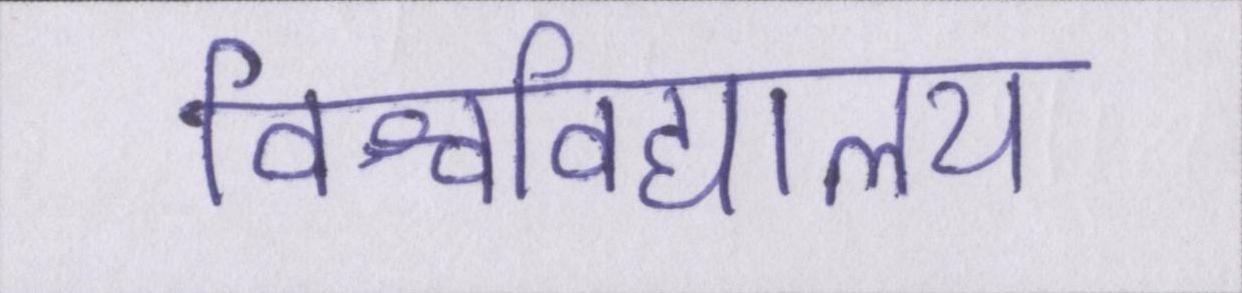
विश्वविद्यालय